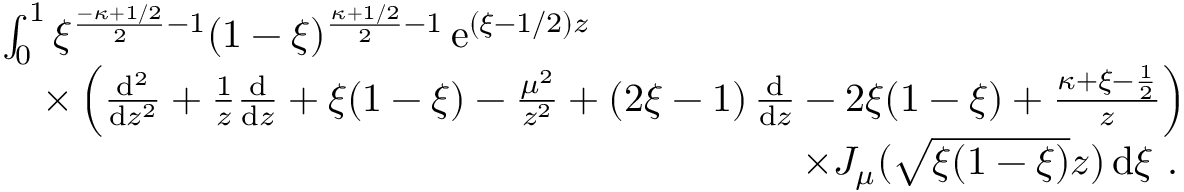
\begin{array} { r } { \begin{array} { r l } & { \int _ { 0 } ^ { 1 } \xi ^ { \frac { - \kappa + 1 / 2 } { 2 } - 1 } ( 1 - \xi ) ^ { \frac { \kappa + 1 / 2 } { 2 } - 1 } \, \mathrm { e } ^ { ( \xi - 1 / 2 ) z } } \\ & { \quad \times \left( \frac { \mathrm { d } ^ { 2 } } { \mathrm { d } z ^ { 2 } } + \frac { 1 } { z } \frac { \mathrm { d } } { \mathrm { d } z } + \xi ( 1 - \xi ) - \frac { \mu ^ { 2 } } { z ^ { 2 } } + ( 2 \xi - 1 ) \, \frac { \mathrm { d } } { \mathrm { d } z } - 2 \xi ( 1 - \xi ) + \frac { \kappa + \xi - \frac { 1 } { 2 } } { z } \right) } \\ & { \qquad \qquad \qquad \qquad \qquad \qquad \qquad \qquad \qquad \qquad \times J _ { \mu } ( \sqrt { \xi ( 1 - \xi ) } z ) \, \mathrm { d } \xi \ . } \end{array} } \end{array}